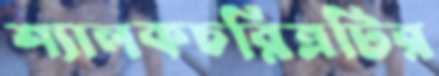
শ্যালকচরিত্রটির